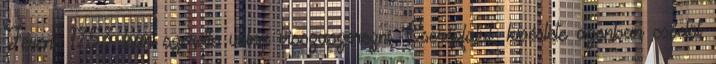
Ferenc 1753-ban szerette volna visszaszerezni Cserépfalut, kísérlete azonban csődöt